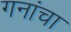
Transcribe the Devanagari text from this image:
गनांचा